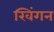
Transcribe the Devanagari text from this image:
खिंगन